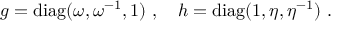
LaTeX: g = { \mathrm { d i a g } } ( \omega , \omega ^ { - 1 } , 1 ) ~ , ~ ~ ~ h = { \mathrm { d i a g } } ( 1 , \eta , \eta ^ { - 1 } ) ~ .